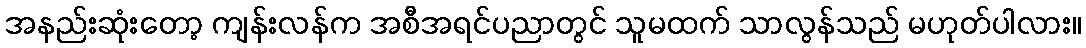
အနည်းဆုံးတော့ ကျန်းလန်က အစီအရင်ပညာတွင် သူမထက် သာလွန်သည် မဟုတ်ပါလား။